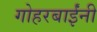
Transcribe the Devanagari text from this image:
गोहरबाईंनी